Indian journal of veterinary science and animal husbandry - Volume 4,
Year: 1934
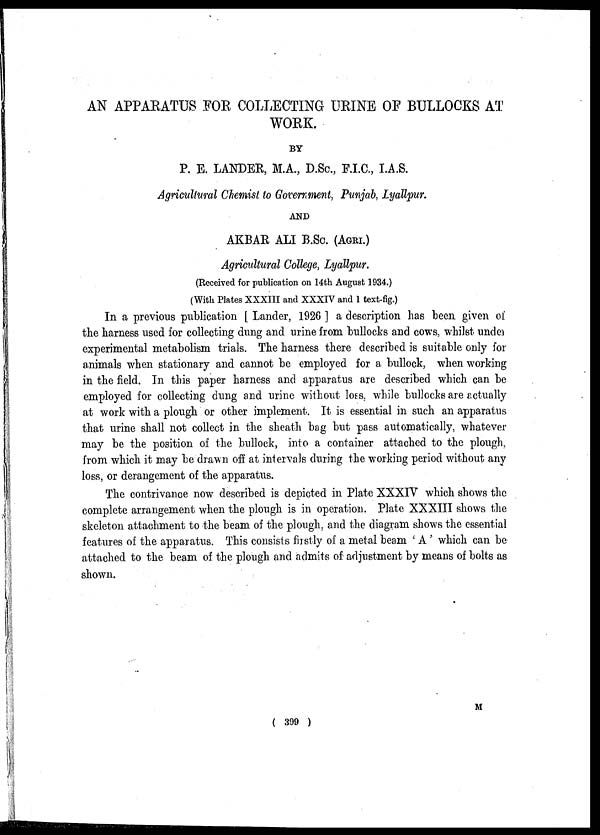
AN APPARATUS FOR COLLECTING URINE OF BULLOCKS AT
WORK.
BY
P. E. LANDER, M.A., D.Sc., F.I.C, I.A.S.
Agricultural Chemist to Government, Punjab, Lyallpur.
AND
AKBAR ALI B.Sc. (AGRI.)
Agricultural College, Lyallpur.
(Received for publication on 14th August 1934.)
(With Plates XXXIII and XXXIV and 1 text-fig.)
In a previous publication [ Lander, 1926 ] a description has been given of
the harness used for collecting dung and urine from bullocks and cows, whilst under
experimental metabolism trials. The harness there described is suitable only for
animals when stationary and cannot be employed for a bullock, when working
in the field. In this paper harness and apparatus are described which can be
employed for collecting dung and urine without loss, while bullocks are actually
at work with a plough or other implement. It is essential in such an apparatus
that urine shall not collect in the sheath bag but pass automatically, whatever
may be the position of the bullock, into a container attached to the plough,
from which it may be drawn off at intervals during the working period without any
loss, or derangement of the apparatus.
The contrivance now described is depicted in Plate XXXIV which shows the
complete arrangement when the plough is in operation. Plate XXXIII shows the
skeleton attachment to the beam of the plough, and the diagram shows the essential
features of the apparatus. This consists firstly of a metal beam ' A ' which can be
attached to the beam of the plough and admits of adjustment by means of bolts as
shown.
M
( 399 )